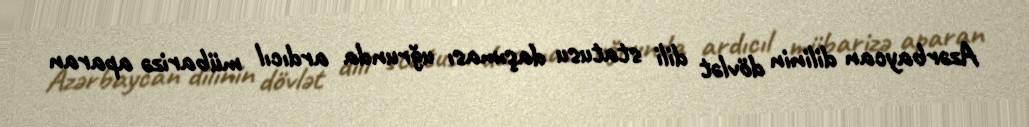
Azərbaycan dilinin dövlət dili statusu daşıması uğrunda ardıcıl mübarizə aparan